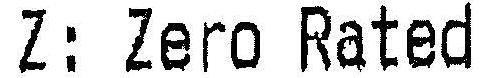
Z: ZERO RATED